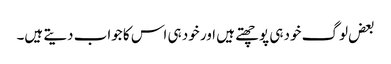
بعض لوگ خود ہی پوچھتے ہیں اور خود ہی اس کا جواب دیتے ہیں۔